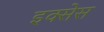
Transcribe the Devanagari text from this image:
इक्सेस